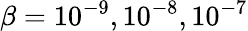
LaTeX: \beta=10^{-9},10^{-8},10^{-7}